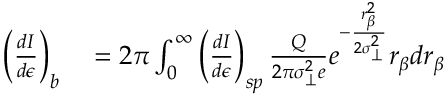
\begin{array} { r l } { \left( \frac { d I } { d \epsilon } \right) _ { b } } & { { } = 2 \pi \int _ { 0 } ^ { \infty } \left( \frac { d I } { d \epsilon } \right) _ { s p } \frac { Q } { 2 \pi \sigma _ { \perp } ^ { 2 } e } e ^ { - \frac { r _ { \beta } ^ { 2 } } { 2 \sigma _ { \perp } ^ { 2 } } } r _ { \beta } d r _ { \beta } } \end{array}